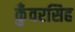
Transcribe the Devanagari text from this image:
कुँवरसिह